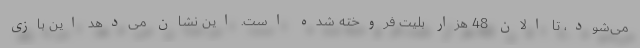
می‌شود، تا الان 48 هزار بلیت فروخته شده است. این نشان می‌دهد این بازی